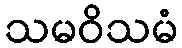
သမဝိသမံ